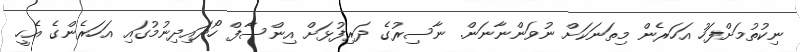
ނިކުތުމަށްފަހު އަހަރެން މިތަނަކަށް ނުވަންނާނަން. ނާސިރުގެ ދަރިފުޅަށް އިންސާފް ހޯދައިދިނުމުގައި އަހަރެންގެ އެހީ